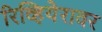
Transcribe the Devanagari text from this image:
रिव्हियेरावर